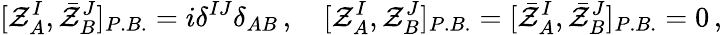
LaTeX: [{\cal Z}_{A}^{I},\bar{\cal Z}_{B}^{J}]_{P.B.}=i\delta^{IJ}\delta_{AB}\, ,\quad[{\cal Z}_{A}^{I},{\cal Z}_{B}^{J}]_{P.B.}=[\bar{\cal Z}_{A}^{I},\bar{\cal Z}_{B}^{J}]_{P.B.}=0\, ,